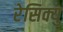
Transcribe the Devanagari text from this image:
रेसिक्यु